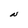
Character: N